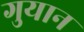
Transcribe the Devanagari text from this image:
गुयान